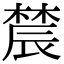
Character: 辳